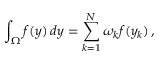
\int _ { \Omega } f ( y ) \, d y = \sum _ { k = 1 } ^ { N } \omega _ { k } f ( y _ { k } ) \, ,